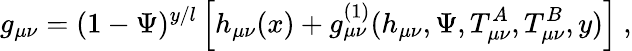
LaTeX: g_{\mu\nu}=(1-\Psi)^{y/l}\left[h_{\mu\nu}(x)+g_{\mu\nu}^{(1)}(h_{\mu\nu},\Psi,T_{\mu\nu}^{A},T_{\mu\nu}^{B},y)\right]\ ,